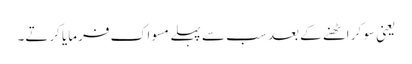
یعنی سو کر اٹھنے کے بعد سب سے پہلے مسواک فرمایا کرتے۔